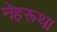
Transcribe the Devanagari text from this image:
नेहरूथा